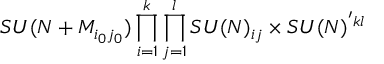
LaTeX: S U ( N + M _ { i _ { 0 } j _ { 0 } } ) \prod _ { i = 1 } ^ { k } \prod _ { j = 1 } ^ { l } S U ( N ) _ { i j } \times S U ( N ) ^ { ' k l }